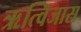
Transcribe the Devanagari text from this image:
ऋत्विजास